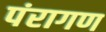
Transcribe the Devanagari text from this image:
पंरागण